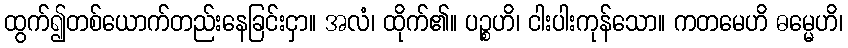
ထွက်၍တစ်ယောက်တည်းနေခြင်းငှာ။ အလံ၊ ထိုက်၏။ ပဉ္စဟိ၊ ငါးပါးကုန်သော။ ကတမေဟိ ဓမ္မေဟိ၊